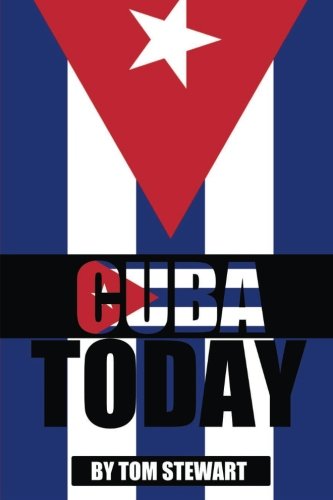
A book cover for Cuba Today (Map of Cuba,Weather Cuba,Cuba Beaches,); Tom Stewart; History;